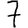
Digit: 7